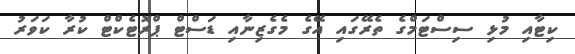
ކިޓާއި މުޅި ސިސްޓަމްގެ ތެރޭގައި އޭގެ މެެގެޒިނާއި ޑަސްޓް ޕްރޮޓެކްޓް ކުރާ ކަވަރު